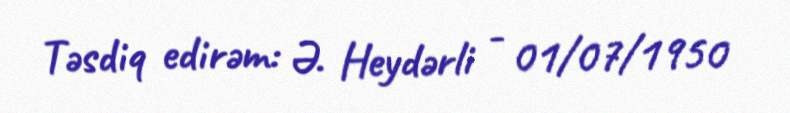
Təsdiq edirəm: Ə. Heydərli - 01/07/1950